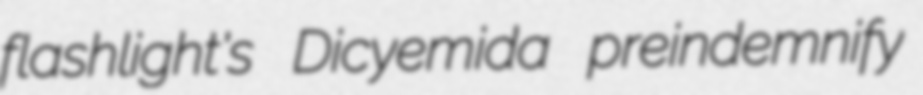
flashlight's Dicyemida preindemnify